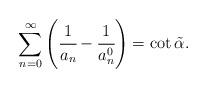
LaTeX: \begin{align*} \sum_{n=0}^\infty \left( \cfrac{1}{a_n}-\cfrac{1}{a_n^0}\right)=\cot \tilde \alpha.\end{align*}